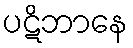
ပဋိဘာနေ